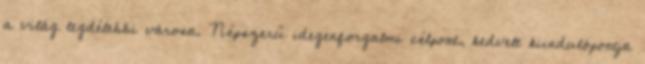
a világ legdélebbi városa. Népszerű idegenforgalmi célpont, kedvelt kiindulópontja